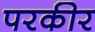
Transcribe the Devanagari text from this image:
परकीर